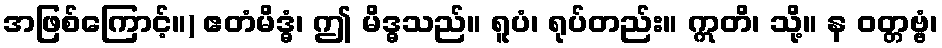
အဖြစ်ကြောင့်။) ဧတံမိဒ္ဓံ၊ ဤ မိဒ္ဓသည်။ ရူပံ၊ ရုပ်တည်း။ ဣတိ၊ သို့။ န ဝတ္တဗ္ဗံ၊